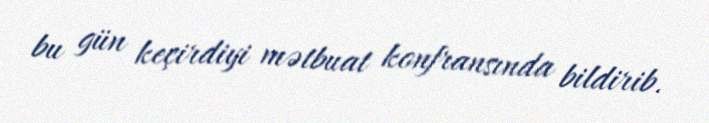
bu gün keçirdiyi mətbuat konfransında bildirib.